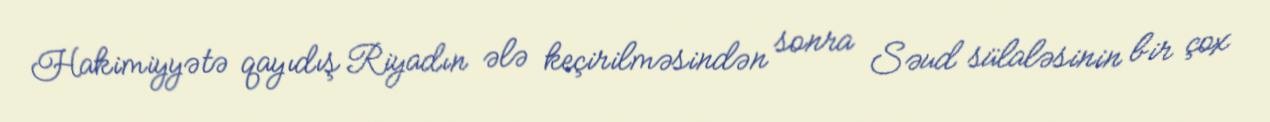
Hakimiyyətə qayıdış Riyadın ələ keçirilməsindən sonra Səud sülaləsinin bir çox